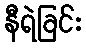
နီရဲခြင်း